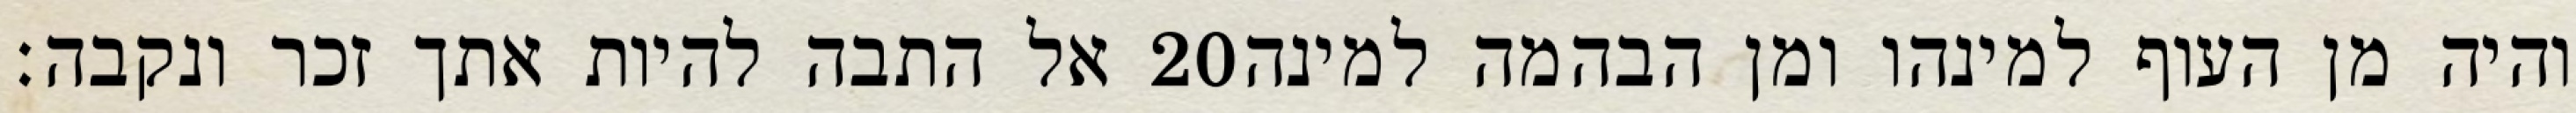
אל התבה להיות אתך זכר ונקבה׃ ‎20‏ והיה מן העוף למינהו ומן הבהמה למינה